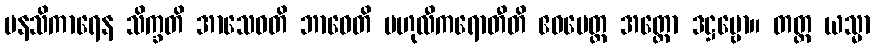
မနသိကာရေန သိက္ခတိ အာသေဝတိ ဘာဝေတိ ဗဟုလီကရောတီတိ ဧဝမေတ္ထ အတ္ထော ဒဋ္ဌဗ္ဗော။ တတ္ထ ယသ္မာ